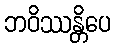
ဘဝိဿန္တိပေ